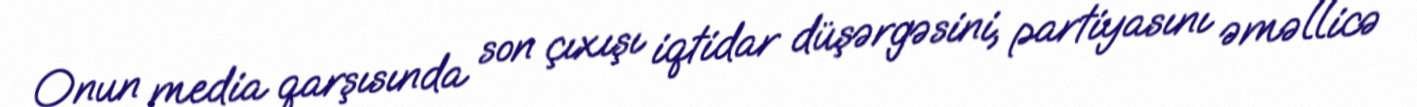
Onun media qarşısında son çıxışı iqtidar düşərgəsini, partiyasını əməllicə